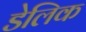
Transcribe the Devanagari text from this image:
डेलिक